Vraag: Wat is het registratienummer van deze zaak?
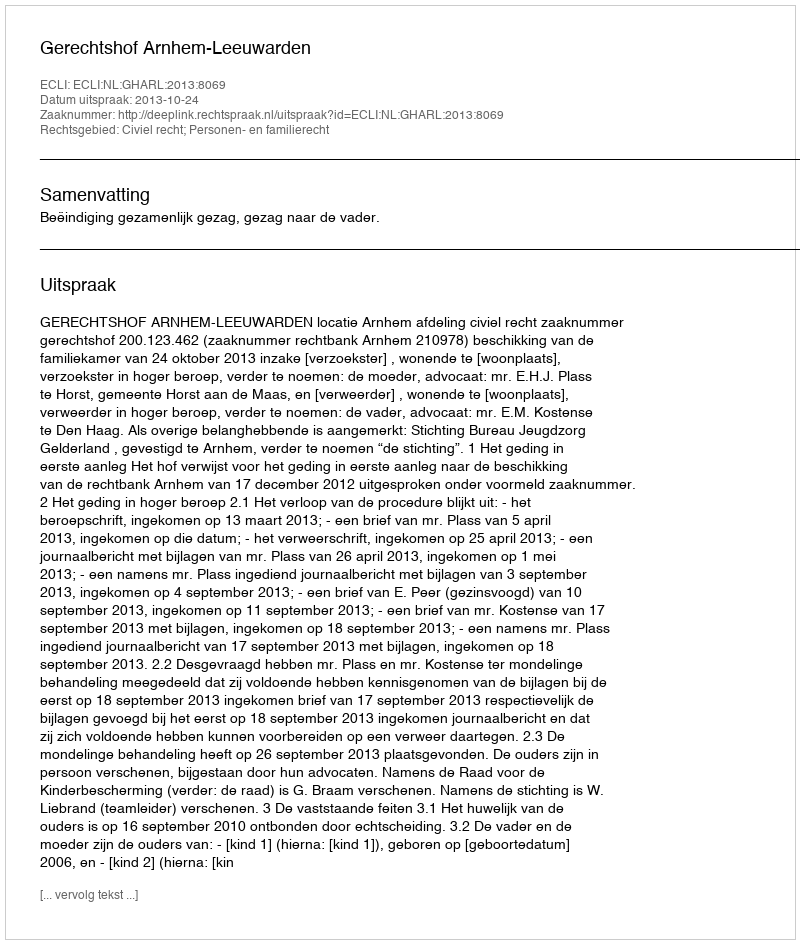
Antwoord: http://deeplink.rechtspraak.nl/uitspraak?id=ECLI:NL:GHARL:2013:8069